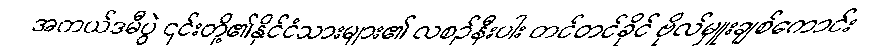
အကယ်ဒမီပွဲ ၎င်းတို့၏နိုင်ငံသားများ၏ လစဉ်နီးပါး တင်တင်ခိုင် ဗိုလ်မှူးချစ်ကောင်း